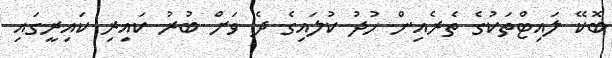
ބޮކޭ ލައިޓްތަކުގެ ތެރެއިން ހުދު ކުލައިގެ ދެ ވަށް ބުރު ކައިރި ކައިރީގައި